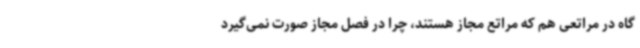
گاه در مراتعی هم که مراتع مجاز هستند، چرا در فصل مجاز صورت نمی‌گیرد